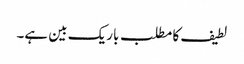
لطیف کا مطلب باریک بین ہے۔